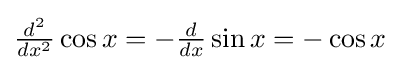
{\textstyle {\frac {d^{2}}{dx^{2}}}\cos x=-{\frac {d}{dx}}\sin x=-\cos x}